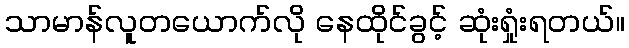
သာမာန်လူတယောက်လို နေထိုင်ခွင့် ဆုံးရှုံးရတယ်။